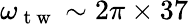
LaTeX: \omega_{\mathrm{~t~w~}}\sim 2\pi\times 37